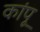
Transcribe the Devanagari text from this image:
कांपू